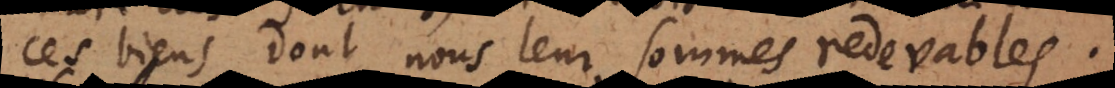
ces biens dont nous leur sommes redevables.